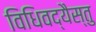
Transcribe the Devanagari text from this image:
विधिवद्यैस्तु